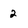
Character: 2